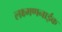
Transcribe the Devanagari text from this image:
लक्ष्मणनाईक